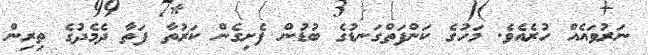
ނަރުވައެއް ހުރެއެވެ. މަހުގެ ކަންފަތްގަނޑުގެ ބުޑުން ފެށިގެން ކަރުތާ ފަތާ ދެމެދުގެ ތިރިން